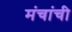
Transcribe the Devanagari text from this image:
मंचांची